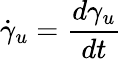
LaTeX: {\dot{\gamma}}_{u}={\frac{d\gamma_{u}}{dt}}